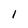
Character: l